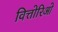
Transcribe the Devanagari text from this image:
वित्तोरिओ